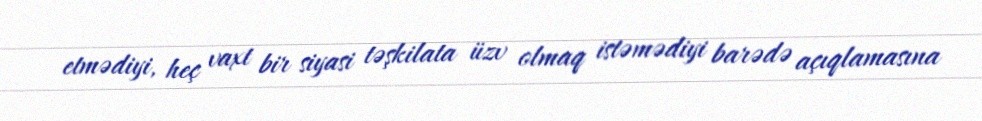
etmədiyi, heç vaxt bir siyasi təşkilata üzv olmaq istəmədiyi barədə açıqlamasına